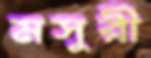
মসুরী